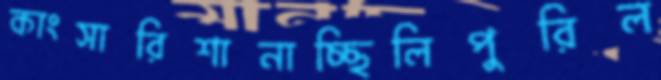
কাংসারিশানাচ্ছিলিপুরিল